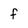
Character: f